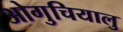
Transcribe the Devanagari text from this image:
ओगुचियालु